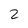
Character: 2